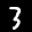
Digit: 3